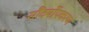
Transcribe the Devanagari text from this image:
सौंदर्योपकरण